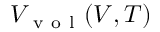
V _ { \mathrm { ~ v ~ o ~ l ~ } } ( V , T )